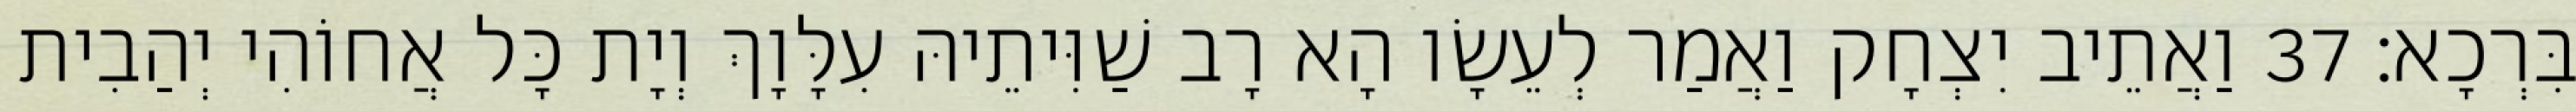
בִּרְכָא׃ 37 וַאֲתֵיב יִצְחָק וַאֲמַר לְעֵשָׂו הָא רָב שַׁוִּיתֵיהּ עִלָּוָךְ וְיָת כָּל אֲחוֹהִי יְהַבִית